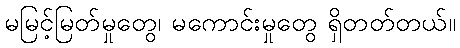
မမြင့်မြတ်မှုတွေ၊ မကောင်းမှုတွေ ရှိတတ်တယ်။